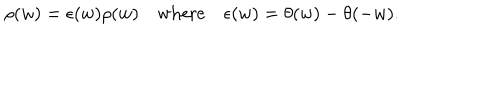
\rho ( w ) = \epsilon ( w ) \rho ( w ) \quad \mathrm { w h e r e } \quad \epsilon ( w ) = \theta ( w ) - \theta ( - w ) .